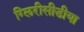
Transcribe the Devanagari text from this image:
ग्लिरीसीडीया